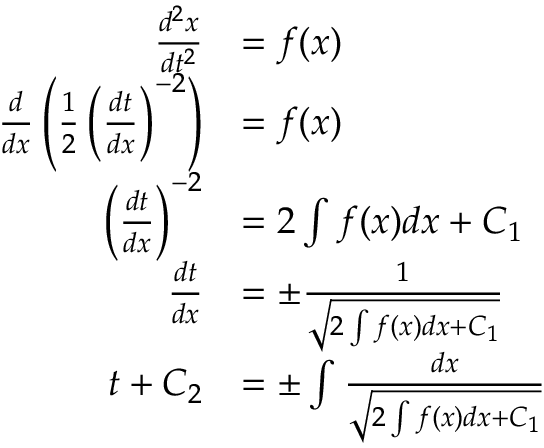
{ \begin{array} { r l } { { \frac { d ^ { 2 } x } { d t ^ { 2 } } } } & { = f ( x ) } \\ { { \frac { d } { d x } } \left( { \frac { 1 } { 2 } } \left( { \frac { d t } { d x } } \right) ^ { - 2 } \right) } & { = f ( x ) } \\ { \left( { \frac { d t } { d x } } \right) ^ { - 2 } } & { = 2 \int f ( x ) d x + C _ { 1 } } \\ { { \frac { d t } { d x } } } & { = \pm { \frac { 1 } { \sqrt { 2 \int f ( x ) d x + C _ { 1 } } } } } \\ { t + C _ { 2 } } & { = \pm \int { \frac { d x } { \sqrt { 2 \int f ( x ) d x + C _ { 1 } } } } } \end{array} }